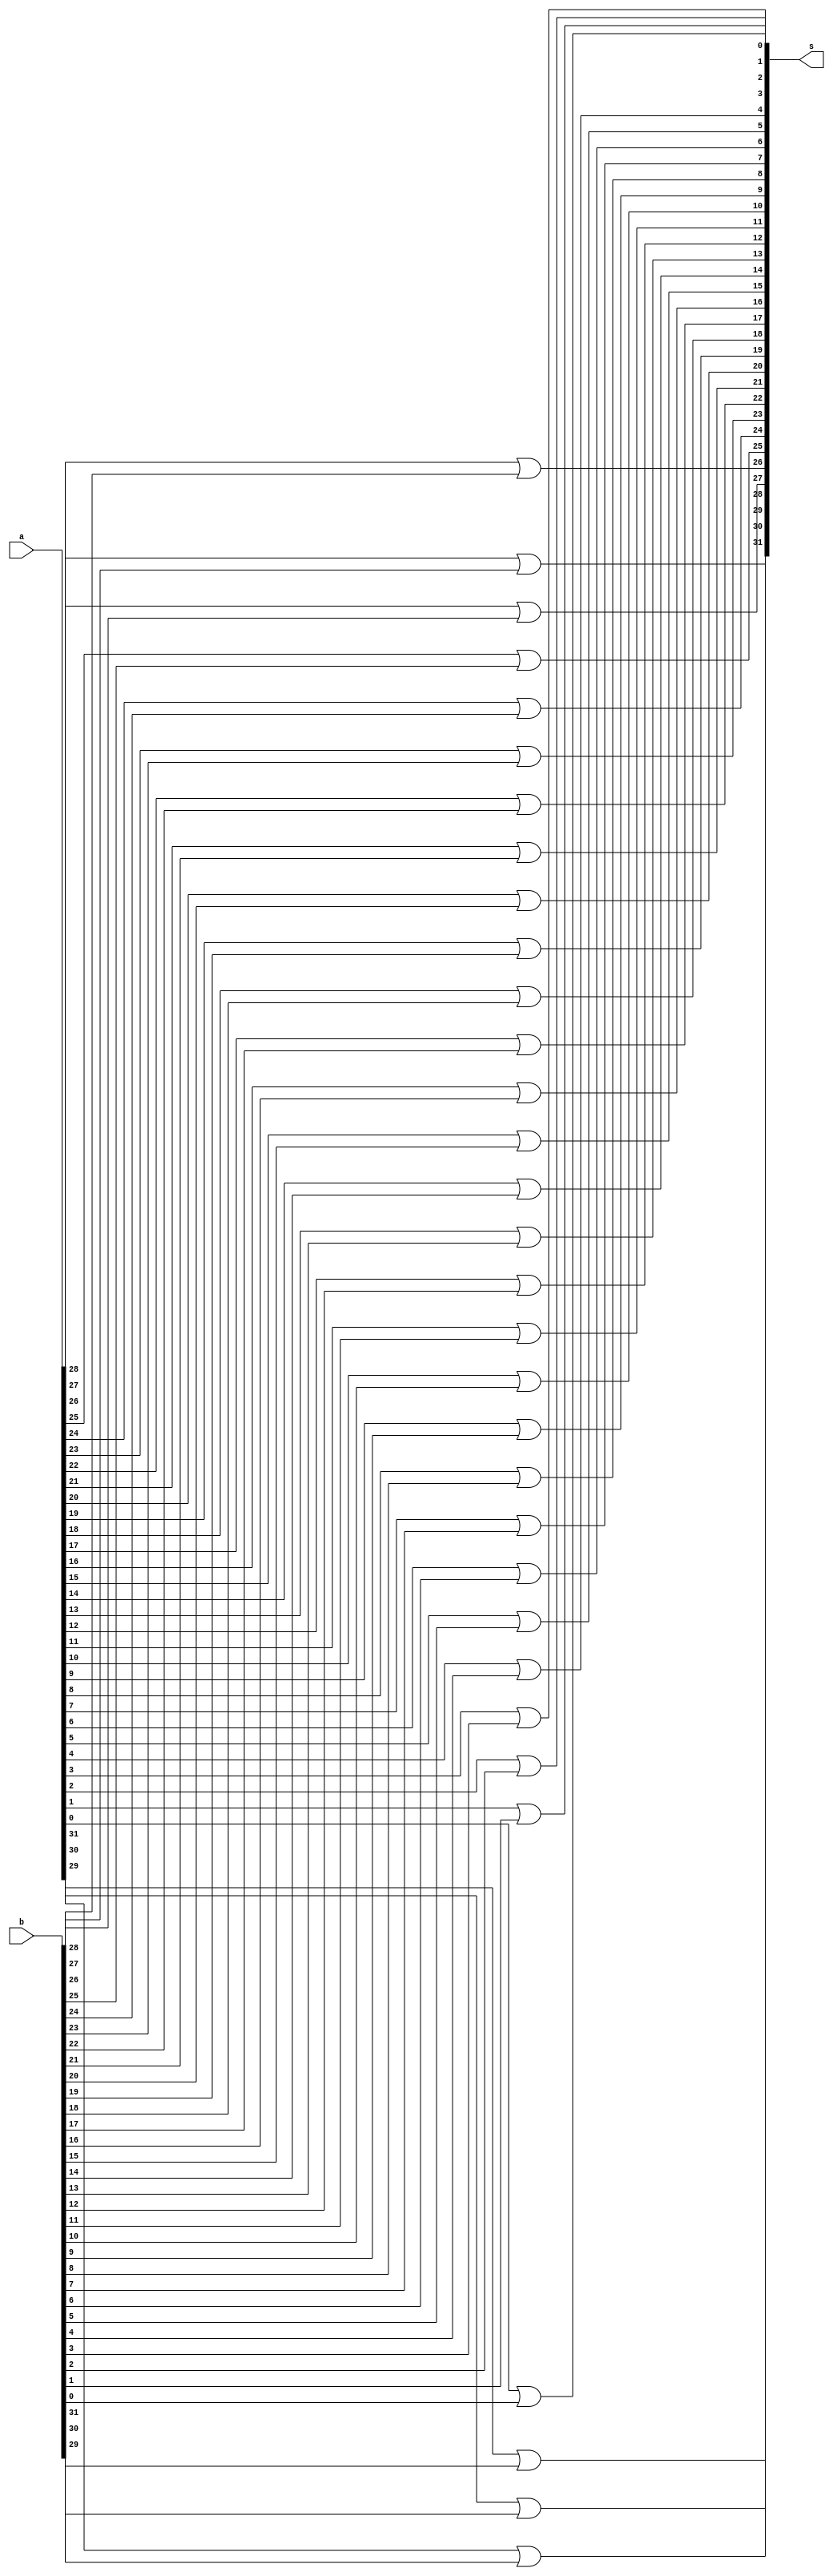
module OR_32b(
	input [31:0] a,b,
	output [31:0] s
);
wire [31:0] s;
// interface : (s, a , b)
or g31 (s[31], a[31], b[31]);
or g30 (s[30], a[30], b[30]);
or g29 (s[29], a[29], b[29]);
or g28 (s[28], a[28], b[28]);

or g27 (s[27], a[27], b[27]);
or g26 (s[26], a[26], b[26]);
or g25 (s[25], a[25], b[25]);
or g24 (s[24], a[24], b[24]);

or g23 (s[23], a[23], b[23]);
or g22 (s[22], a[22], b[22]);
or g21 (s[21], a[21], b[21]);
or g20 (s[20], a[20], b[20]);

or g19 (s[19], a[19], b[19]);
or g18 (s[18], a[18], b[18]);
or g17 (s[17], a[17], b[17]);
or g16 (s[16], a[16], b[16]);

or g15 (s[15], a[15], b[15]);
or g14 (s[14], a[14], b[14]);
or g13 (s[13], a[13], b[13]);
or g12 (s[12], a[12], b[12]);

or g11 (s[11], a[11], b[11]);
or g10 (s[10], a[10], b[10]);
or g9 (s[9], a[9], b[9]);
or g8 (s[8], a[8], b[8]);

or g7 (s[7], a[7], b[7]);
or g6 (s[6], a[6], b[6]);
or g5 (s[5], a[5], b[5]);
or g4 (s[4], a[4], b[4]);

or g3 (s[3], a[3], b[3]);
or g2 (s[2], a[2], b[2]);
or g1 (s[1], a[1], b[1]);
or g0 (s[0], a[0], b[0]);

endmodule